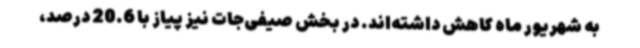
به شهریور ماه کاهش داشته‌اند. در بخش صیفی‌جات نیز پیاز با 20.6 درصد،